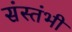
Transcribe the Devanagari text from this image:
संस्तंभी